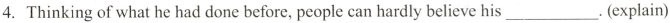
4. Thinking of what he had done before, people can hardly believe his ___.(explain)